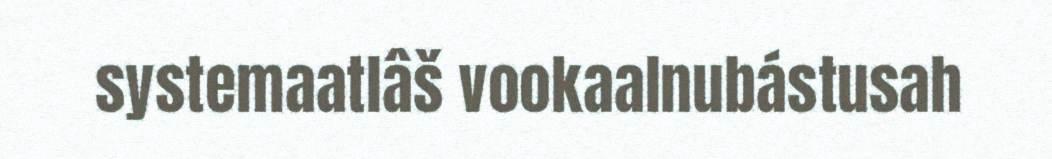
systemaatlâš vookaalnubástusah